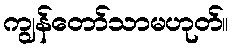
ကျွန်တော်သာမဟုတ်။